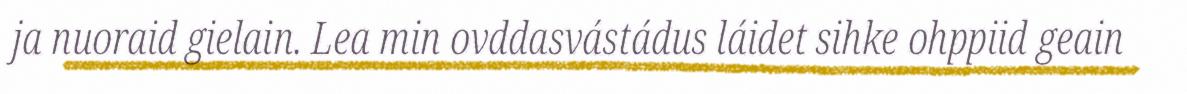
ja nuoraid gielain. Lea min ovddasvástádus láidet sihke ohppiid geain